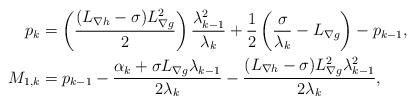
LaTeX: \begin{align*}p_{k}&=\left(\frac{(L_{\nabla h}-\sigma)L^2_{\nabla g}}{2}\right)\frac{\lambda^2_{k-1}}{\lambda_k}+\frac{1}{2}\left(\frac{\sigma}{\lambda_k}-L_{\nabla g} \right)-p_{k-1},\\M_{1,k}&=p_{k-1}-\frac{\alpha_k+\sigma L_{\nabla g}\lambda_{k-1}}{2\lambda_k}-\frac{(L_{\nabla h}-\sigma)L^2_{\nabla g}\lambda_{k-1}^2}{2\lambda_k},\end{align*}